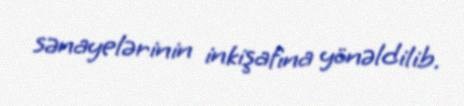
sənayelərinin inkişafına yönəldilib.